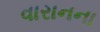
વારાનના